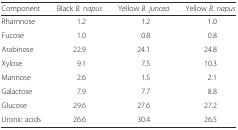
<table><thead><tr><td><b>Component</b></td><td><b>Black <i>B. napus</i></b></td><td><b>Yellow <i>B. juncea</i></b></td><td><b>Yellow <i>B. napus</i></b></td></tr></thead><tbody><tr><td>Rhamnose</td><td>1.2</td><td>1.2</td><td>1.0</td></tr><tr><td>Fucose</td><td>1.0</td><td>0.8</td><td>0.8</td></tr><tr><td>Arabinose</td><td>22.9</td><td>24.1</td><td>24.8</td></tr><tr><td>Xylose</td><td>9.1</td><td>7.5</td><td>10.3</td></tr><tr><td>Mannose</td><td>2.6</td><td>1.5</td><td>2.1</td></tr><tr><td>Galactose</td><td>7.9</td><td>7.7</td><td>8.8</td></tr><tr><td>Glucose</td><td>29.6</td><td>27.6</td><td>27.2</td></tr><tr><td>Uronic acids</td><td>26.6</td><td>30.4</td><td>26.5</td></tr></tbody></table>